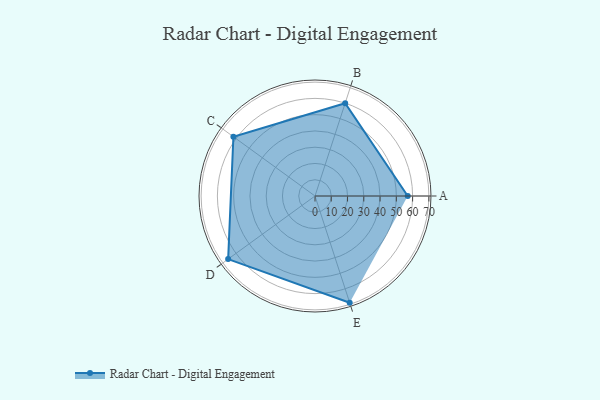
{"axis": {"x": "Skill", "y": "Score"}, "legend": ["Profile"], "data": [{"x": "A", "y": 57.0, "type": "Profile"}, {"x": "B", "y": 60.0, "type": "Profile"}, {"x": "C", "y": 62.0, "type": "Profile"}, {"x": "D", "y": 66.0, "type": "Profile"}, {"x": "E", "y": 69.0, "type": "Profile"}]}